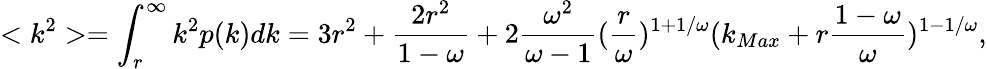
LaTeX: <k^{2}>=\int_{r}^{\infty}k^{2}p(k)dk=3r^{2}+\frac{2r^{2}}{1-\omega}+2\frac{\omega^{2}}{\omega-1}(\frac{r}{\omega})^{1+1/\omega}(k_{Max}+r\frac{1-\omega}{\omega})^{1-1/\omega},